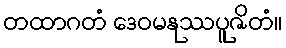
တထာဂတံ ဒေဝမနုဿပူဇိတံ။